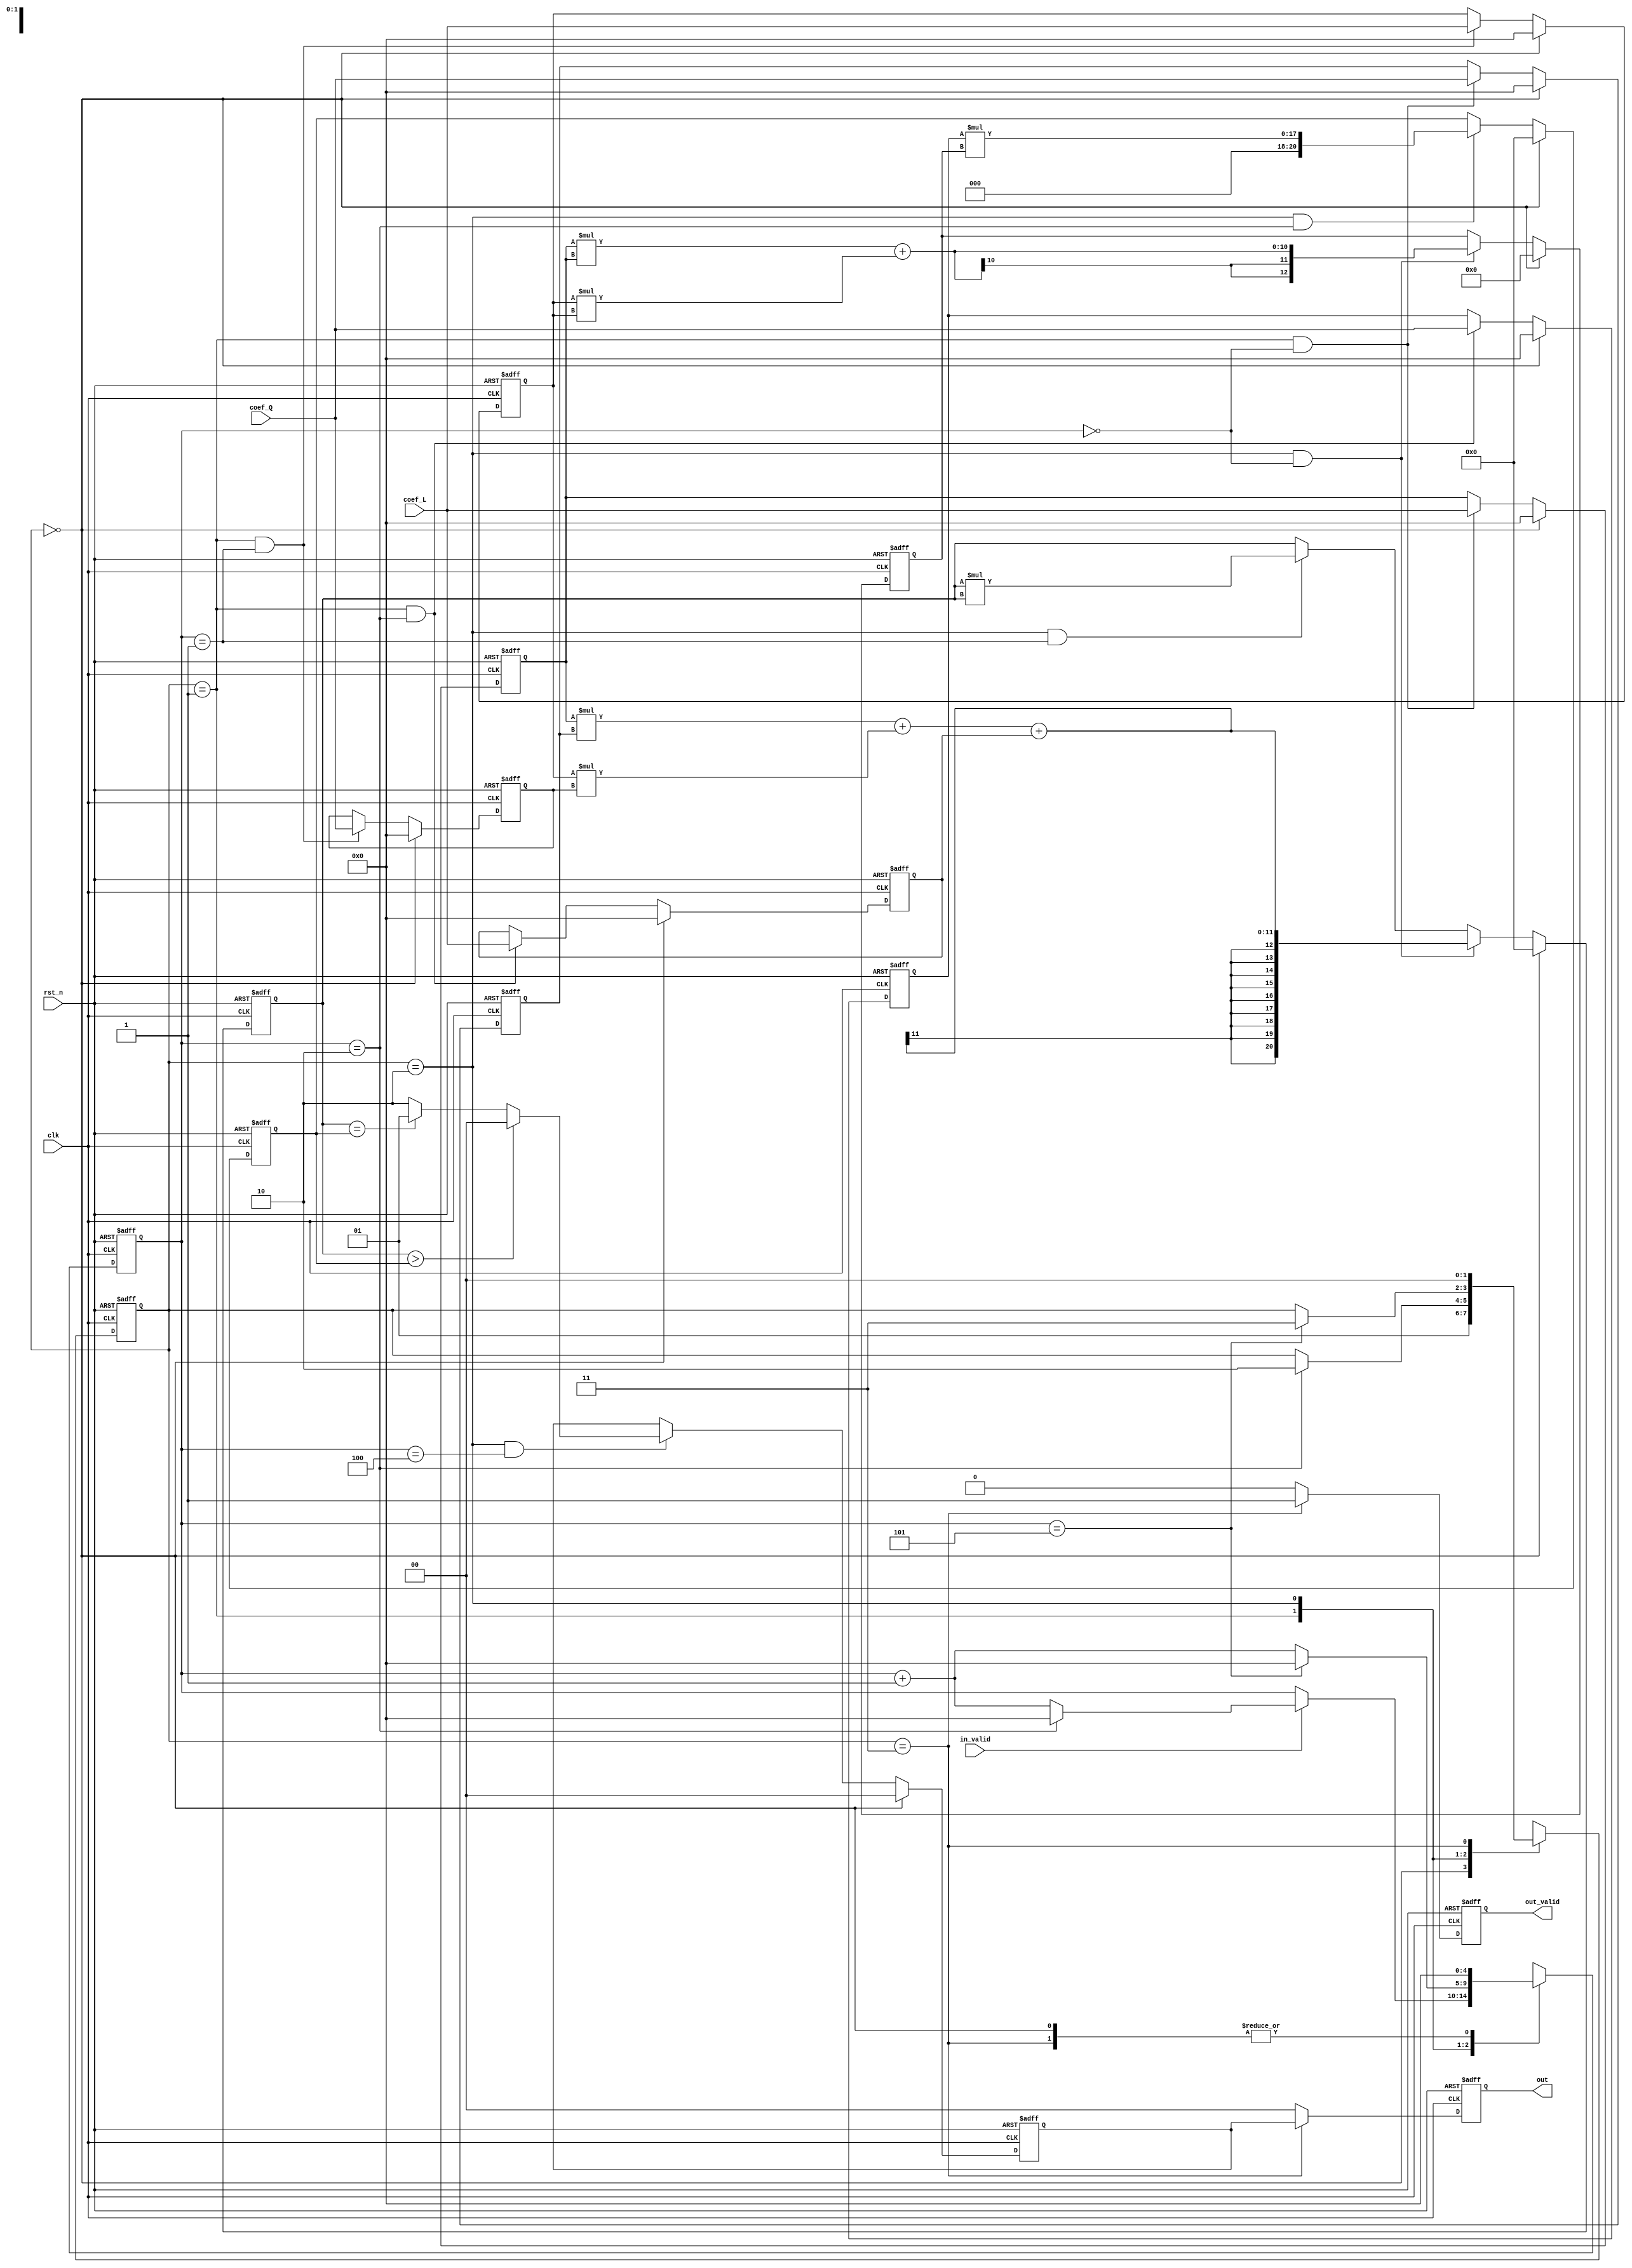
module RCL(
    clk,
    rst_n,
    in_valid,
    coef_Q,
    coef_L,
    out_valid,
    out
);
// ===============================================================
// Input & Output Declaration
// ===============================================================
input            clk, rst_n, in_valid;
input      [4:0] coef_Q, coef_L;
output reg       out_valid;
output reg [1:0] out;

//==============================================//
//             Parameter and Integer            //
//==============================================//
parameter s_idle   = 2'd0;
parameter s_input  = 2'd1;
parameter s_cal    = 2'd2;
parameter s_output = 2'd3;

//==============================================//
//           WIRE AND REG DECLARATION           //
//==============================================//
/// FSM ///
// state
reg [1:0] current_state, next_state;
// counter matrix index cnt
reg [4:0] fsm_cnt;

//input
reg signed [4:0] a, b, c, m, n;
reg        [4:0] k;

//cal
reg signed [20:0] dividend;
reg signed [12:0] divsor;
reg signed [20:0] d_eql_r_det;
reg 	   [1:0]  out_value;

//==============================================//
//            FSM State Declaration             //
//==============================================//
// current_state //
always@(posedge clk or negedge rst_n)
begin
    if(!rst_n)
        current_state <= s_idle;
    else
    begin
        current_state <= next_state;
    end
end

// next_state //
always @(*)
begin
    case(current_state)
        s_idle:
        begin
            next_state = s_input;
        end
        s_input:
        begin
            if(fsm_cnt == 5'd2)
                next_state = s_cal;
            else
                next_state = current_state;
        end
	s_cal:
	begin
	    if(fsm_cnt == 5'd5)
                next_state = s_output;
            else
                next_state = current_state;
	end
        s_output:
        begin
            next_state = s_idle;
        end
        default:
            next_state = current_state;
    endcase
end

// fsm_cnt
always @(posedge clk or negedge rst_n)
begin
    if(!rst_n)
        fsm_cnt <= 5'd0;
    else
    begin
	case(current_state)
	    s_idle:
	    begin
		fsm_cnt <= 5'd0;
	    end
	    s_input:
	    begin
		if(in_valid == 1)
		begin
		    if(fsm_cnt == 5'd2)
			fsm_cnt <= 5'd0;
		    else 
		        fsm_cnt <= fsm_cnt + 5'd1;
		end
		else
		    fsm_cnt <= fsm_cnt;
	    end
	    s_cal:
	    begin
		if(fsm_cnt == 5'd5)
		    fsm_cnt <= 5'd0;
		else
		    fsm_cnt <= fsm_cnt + 5'd1;
	    end
	    s_output:
	    begin
		fsm_cnt <= 5'd0;
	    end
	    default:
		fsm_cnt <= fsm_cnt;
	endcase
    end
end

//==============================================//
//            FSM state 1 input Block           //
//==============================================//
// coef_Q m, n unsigned k 
// coef_L a, b, c, 

// coef_L to a  
always @(posedge clk or negedge rst_n)
begin
    if(!rst_n)
        a <= 5'd0;
    else if(current_state == s_idle)
	a <= 5'd0;
    else if(current_state == s_input && fsm_cnt == 0)
	a <= coef_L;
    else 
	a <= a;
end
// coef_L to b 
always @(posedge clk or negedge rst_n)
begin
    if(!rst_n)
        b <= 5'd0;
    else if(current_state == s_idle)
	b <= 5'd0;
    else if(current_state == s_input && fsm_cnt == 1)
	b <= coef_L;
    else 
	b <= b;
end
// coef_L to c 
always @(posedge clk or negedge rst_n)
begin
    if(!rst_n)
        c <= 5'd0;
    else if(current_state == s_idle)
	c <= 5'd0;
    else if(current_state == s_input && fsm_cnt == 2)
	c <= coef_L;
    else 
	c <= c;
end

// coef_Q to m 
always @(posedge clk or negedge rst_n)
begin
    if(!rst_n)
        m <= 5'd0;
    else if(current_state == s_idle)
	m <= 5'd0;
    else if(current_state == s_input && fsm_cnt == 0)
	m <= coef_Q;
    else 
	m <= m;
end
// coef_Q to n 
always @(posedge clk or negedge rst_n)
begin
    if(!rst_n)
        n <= 5'd0;
    else if(current_state == s_idle)
	n <= 5'd0;
    else if(current_state == s_input && fsm_cnt == 1)
	n <= coef_Q;
    else 
	n <= n;
end
// coef_Q to k 
always @(posedge clk or negedge rst_n)
begin
    if(!rst_n)
        k <= 5'd0;
    else if(current_state == s_idle)
	k <= 5'd0;
    else if(current_state == s_input && fsm_cnt == 2)
	k <= coef_Q;
    else 
	k <= k;
end

//==============================================//
//             FSM state 2 cal Block            //
//==============================================//
// dividend divsor 13bit
// dividend
always @(posedge clk or negedge rst_n)
begin
    if(!rst_n)
        dividend <= 21'd0;
    else if(current_state == s_idle)
	dividend <= 21'd0;
    else if(current_state == s_cal && fsm_cnt == 0)
	dividend <= a*m + b*n + c;
    else if(current_state == s_cal && fsm_cnt == 1)
	dividend <= dividend*dividend;
    else 
	dividend <= dividend;
end
// divsor
always @(posedge clk or negedge rst_n)
begin
    if(!rst_n)
        divsor <= 13'd0;
    else if(current_state == s_idle)
	divsor <= 13'd0;
    else if(current_state == s_cal && fsm_cnt == 0)
	divsor <= a*a + b*b;
    else 
	divsor <= divsor;
end

// d_eql_r_det 21bit
always @(posedge clk or negedge rst_n)
begin
    if(!rst_n)
        d_eql_r_det <= 21'd0;
    else if(current_state == s_idle)
	d_eql_r_det <= 21'd0;
    else if(current_state == s_cal && fsm_cnt == 2)
	d_eql_r_det <= k*divsor;
    else 
	d_eql_r_det <= d_eql_r_det;
end

// out_value
always @(posedge clk or negedge rst_n)
begin
    if(!rst_n)
        out_value <= 2'd0;
    else if(current_state == s_idle)
	out_value <= 2'd0;
    else if(current_state == s_cal && fsm_cnt == 4)
    begin
	if(dividend > d_eql_r_det)
	    out_value <= 2'd0;
	else if(dividend == d_eql_r_det)
	    out_value <= 2'd1;
	else
	    out_value <= 2'd2;
    end
    else 
	out_value <= out_value;
end

//==============================================//
//            FSM state 3 output Block          //
//==============================================//
// out_valid 
always @(posedge clk or negedge rst_n)
begin
    if(!rst_n)
    begin
        out_valid <= 1'b0; 
    end
    else
    begin
        case(current_state)
            s_output:
                out_valid <= 1'b1;
            default:
                out_valid <= 1'b0;
        endcase
    end
end

// out
always @(posedge clk or negedge rst_n)
begin
    if(!rst_n)
        out <= 2'd0; 
    else
    case(current_state)
        s_output:
        begin    
            out <= out_value;
        end
        default:
            out <= 2'd0; 
    endcase
end

endmodule